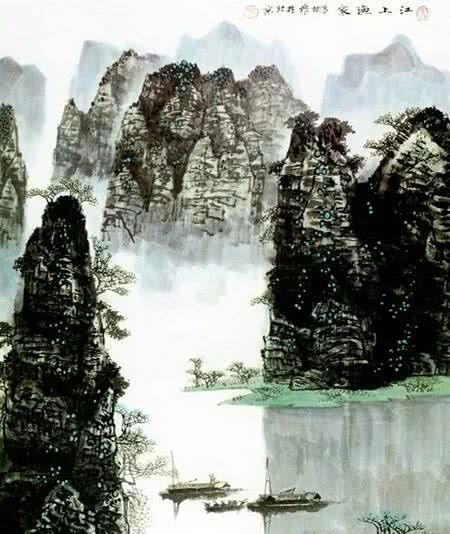
江上春山远，山下暮云长。